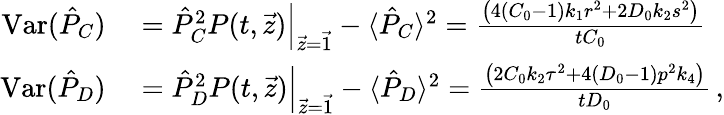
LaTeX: \begin{array}{rl}{\mathrm{Var}(\hat{P}_{C})}&{{}=\left.\hat{P}_{C}^{2}P(t,\vec{z})\right|_{\vec{z}=\vec{1}}-\langle\hat{P}_{C}\rangle^{2}=\frac{\left(4(C_{0}-1)k_{1}r^{2}+2D_{0}k_{2}s^{2}\right)}{tC_{0}}}\\ {\mathrm{Var}(\hat{P}_{D})}&{{}=\left.\hat{P}_{D}^{2}P(t,\vec{z})\right|_{\vec{z}=\vec{1}}-\langle\hat{P}_{D}\rangle^{2}=\frac{\left(2C_{0}k_{2}\tau^{2}+4(D_{0}-1)p^{2}k_{4}\right)}{tD_{0}}\, ,}\end{array}